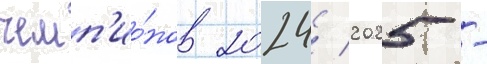
чемп'ио́нов 2024/ 2025 -